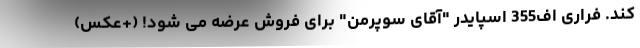
کند. فراری اف355 اسپایدر "آقای سوپرمن" برای فروش عرضه می شود! (+عکس)